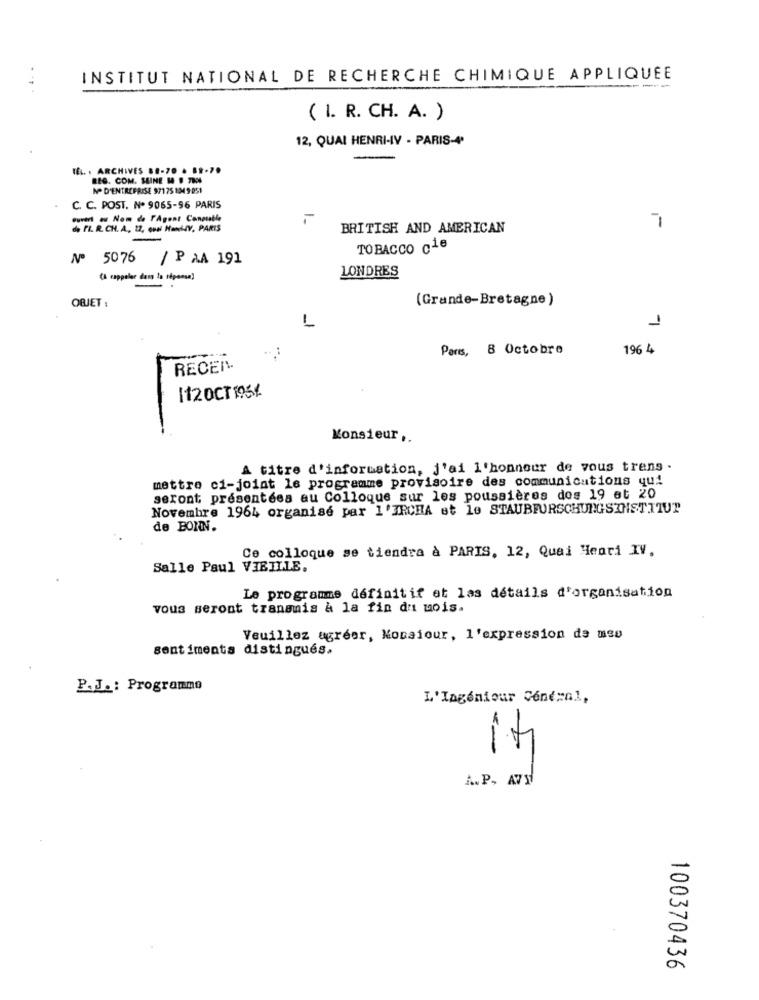
INSTITUT NATIONAL DE RECHERCHE CHIMIQUE APPLIQUEE
--
( I. R. CH. A. )
12, QUAI HENRI-IV - PARIS-4'
If. . ARCHIVES 88-70 . 82-7.
REG. COM. SUINE M F 7RN
NO D'ENTREPRISE 97175 1349051
C. C. POST. Nº 9065-96 PARIS
ouvert au Nom de FAgent Conmiable
1-
de FI. R. CH. A, 17, Que HanLY, PARIS
BRITISH AND AMERICAN
7
TOBACCO c1e
Nº 5076 / P AA 191
Ch rappeler dass ta réponse)
LONDRES
OBJET :
(Grande-Bretagne)
L
1
..
Paris, 8 Octobre
196 4
RECEN
1120CT 1031
Monsieur ,.
A titre d'information, j'ai l'honneur de vous trens .
mettre ci-joint le programme provisoire des communications qui
seront présentées au Colloque sur les poussières dos 19 et 20
Novembre 1964 organisé par 1'IRCHA et le STAUBFORSCHUNGSINSTITUT
de BOINN.
Ce colloque se tiendra à PARIS, 12, Quai Henri IV.
Salle Paul VIEILLE.
Le programme définitif et las détails d'organisation
vous seront transmis à la fin du mois.
Veuillez agréer, Kocsiour, l'expression de mes
sentiments distingués.
P.J .: Programme
L'Ingénieur Central,
--
A.P. AVY
100370436